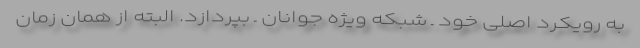
به رویکرد اصلی خود ـ شبکه ویژه جوانان ـ بپردازد. البته از همان زمان